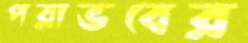
পরাভবের